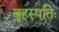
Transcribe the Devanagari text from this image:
बृहस्पतिः